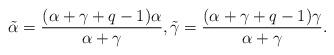
LaTeX: \begin{align*} \tilde{\alpha} = \frac{(\alpha + \gamma + q - 1)\alpha}{\alpha + \gamma}, \tilde{\gamma} = \frac{(\alpha + \gamma + q - 1)\gamma }{\alpha + \gamma}.\end{align*}